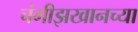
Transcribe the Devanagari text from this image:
चंगीझखानच्या